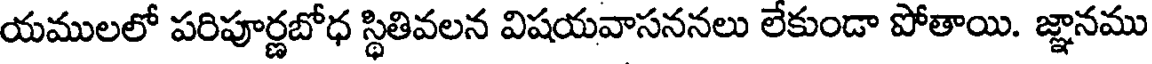
యములలో పరిపూర్ణబోధ స్థితివలన విషయవాసననలు లేకుండా పోతాయి. జ్ఞానము